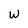
Character: W